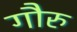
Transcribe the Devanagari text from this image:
गौरु